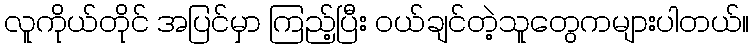
လူကိုယ်တိုင် အပြင်မှာ ကြည့်ပြီး ဝယ်ချင်တဲ့သူတွေကများပါတယ်။